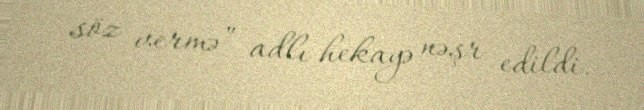
söz vermə” adlı hekayə nəşr edildi.